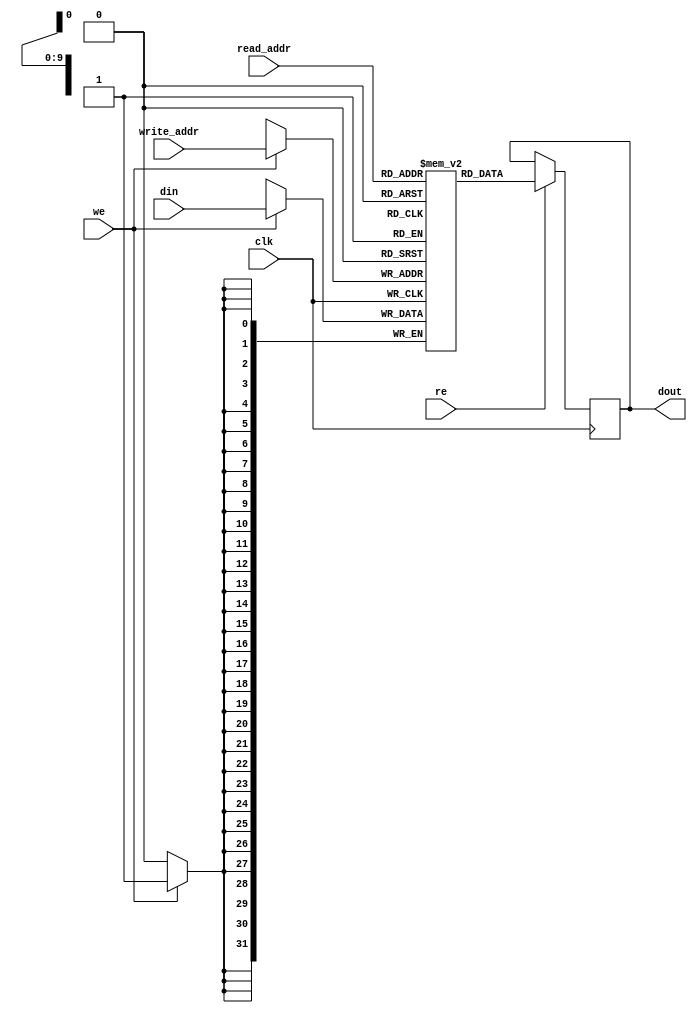
module ram_simple_dp_synch_rf_1024x32_neg (clk, we,re, read_addr, write_addr, din, dout);
    input clk, we, re;
    input [9:0] read_addr, write_addr;
    input [31:0] din;
    output reg [31:0] dout;
    
    reg [31:0] ram [1023:0];

    always @(negedge clk)
    begin
        if (we)
            ram[write_addr] <= din;
        if (re)
            dout <= ram[read_addr];
    end

endmodule